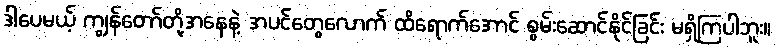
ဒါပေမယ့် ကျွန်တော်တို့အနေနဲ့ အပင်တွေလောက် ထိရောက်အောင် စွမ်းဆောင်နိုင်ခြင်း မရှိကြပါဘူး။